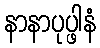
နာနာပုပ္ဖါနံ